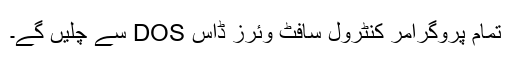
تمام پروگرامر کنٹرول سافٹ وئرز ڈاس DOS سے چلیں گے۔